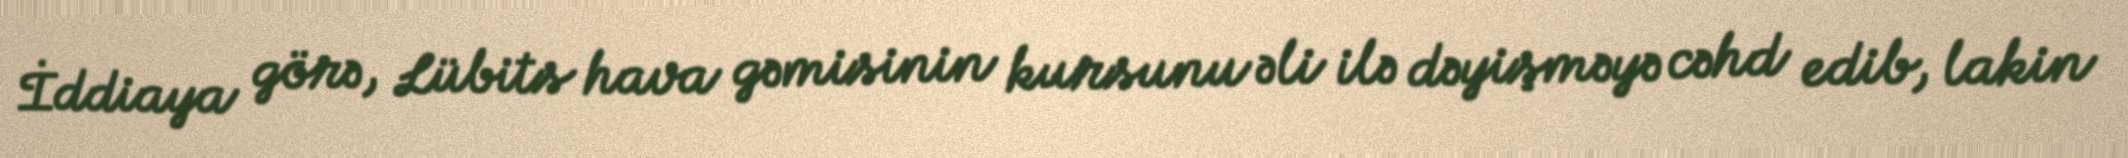
İddiaya görə, Lübits hava gəmisinin kursunu əli ilə dəyişməyə cəhd edib, lakin